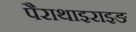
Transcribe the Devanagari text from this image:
पैराथाइराइङ